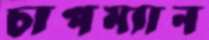
চাপম্যান